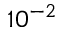
\displaystyle { 1 0 ^ { - 2 } }